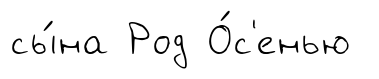
сы́на Род О́с'енью